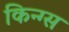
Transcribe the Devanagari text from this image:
किन्ग्स